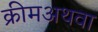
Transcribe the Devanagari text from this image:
क्रीमअथवा